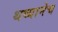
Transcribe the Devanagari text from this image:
थव्यानेच